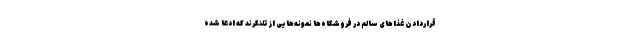
قراردادن غذاهای سالم در فروشگاه‌ها نمونه‌هایی از تلنگرند که ادعا شده